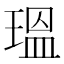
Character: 瑥